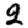
Digit: 2